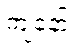
ကျနော်